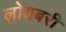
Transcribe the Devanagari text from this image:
लोयबरी